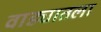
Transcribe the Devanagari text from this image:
वाड्यातला